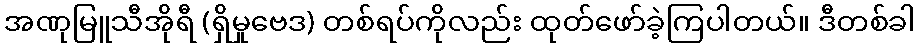
အဏုမြူသီအိုရီ (ရှိမှုဗေဒ) တစ်ရပ်ကိုလည်း ထုတ်ဖော်ခဲ့ကြပါတယ်။ ဒီတစ်ခါ